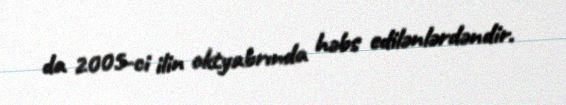
da 2005-ci ilin oktyabrında həbs edilənlərdəndir.